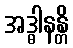
အဒ္ဓါနန္တိ